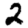
Digit: 2